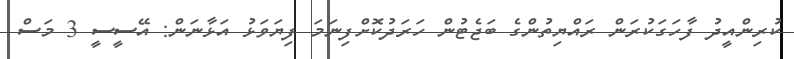
ކުރިންއީދު ފާހަގަކުރަން ރައްޔިތުންގެ ބަޖެޓުން ހަރަދުކޮށްފިނަމަ ފިޔަވަޅު އަޅާނަން: އޭސީސީ 3 މަސް